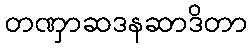
တဏှာဆဒနဆာဒိတာ